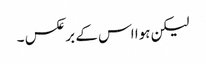
لیکن ہوا اس کے برعکس ۔